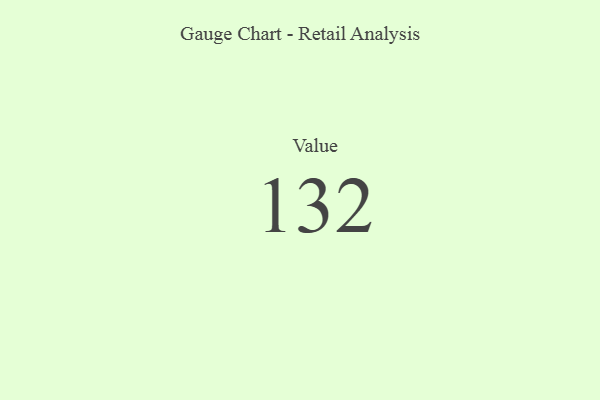
{"axis": {"x": "Metric", "y": "Value"}, "legend": [""], "data": [{"x": "Value", "y": 132, "type": ""}]}